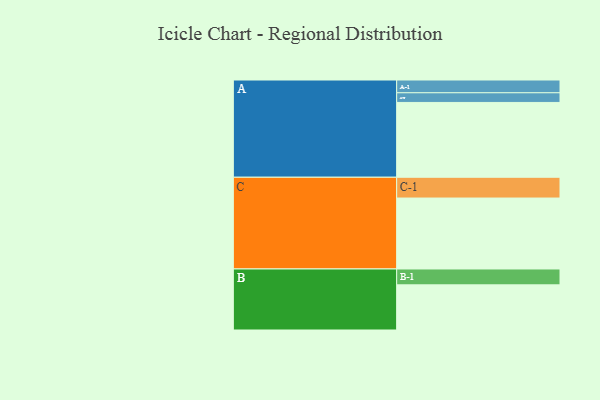
{"axis": {"x": "Segment", "y": "Value"}, "legend": ["", "A", "B", "C"], "data": [{"x": "A", "y": 580, "type": ""}, {"x": "B", "y": 350, "type": ""}, {"x": "C", "y": 550, "type": ""}, {"x": "A-1", "y": 99, "type": "A"}, {"x": "A-2", "y": 75, "type": "A"}, {"x": "B-1", "y": 123, "type": "B"}, {"x": "C-1", "y": 161, "type": "C"}]}